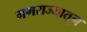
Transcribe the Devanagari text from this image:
गणराज्यातून